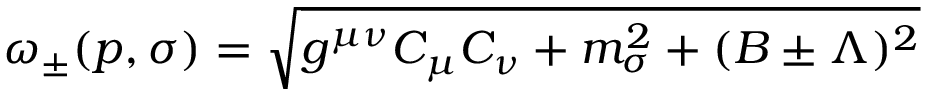
\omega _ { \pm } ( p , \sigma ) = \sqrt { g ^ { \mu \nu } C _ { \mu } C _ { \nu } + m _ { \sigma } ^ { 2 } + ( B \pm \Lambda ) ^ { 2 } }